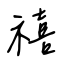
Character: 禧